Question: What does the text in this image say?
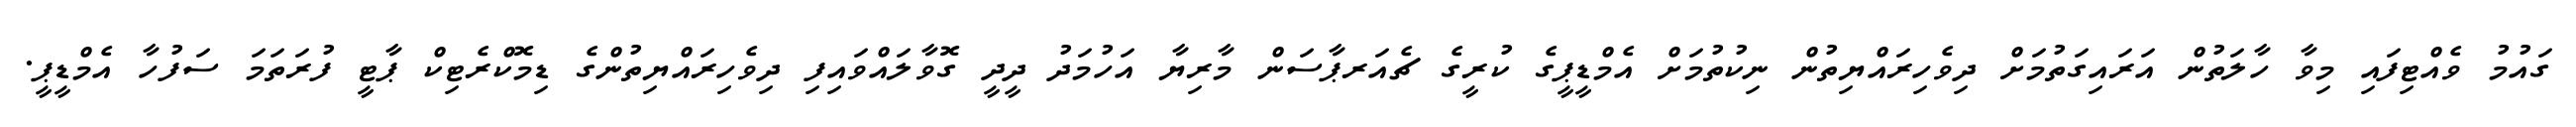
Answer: ގައުމު ވެއްޓިފައި މިވާ ހާލަތުން އަރައިގަތުމަށް ދިވެހިރައްޔިތުން ނިކުތުމަށް އެމްޑީޕީގެ ކުރީގެ ޗެއަރޕާސަން މާރިޔާ އަހުމަދު ދީދީ ގޮވާލައްވައިފި ދިވެހިރައްޔިތުންގެ ޑިމޮކްރެޓިކް ޕާޓީ ފުރަތަމަ ސަފުހާ އެމްޑީޕީ.